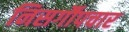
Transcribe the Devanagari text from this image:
निसर्गौपचार